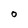
Character: O